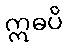
ဣဓပိ